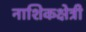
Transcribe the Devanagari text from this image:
नाशिकक्षेत्री